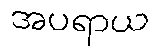
အပရာယ